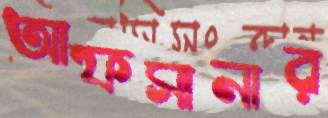
আফসানার